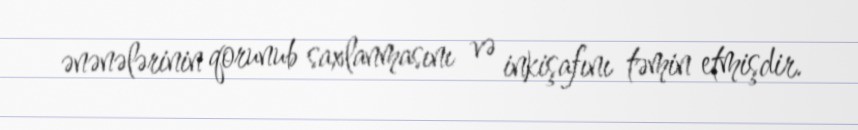
ənənələrinin qorunub saxlanmasını və inkişafını təmin etmişdir.